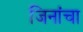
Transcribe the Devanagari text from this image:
जिनांचा